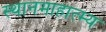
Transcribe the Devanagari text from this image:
स्थानमाहात्म्य